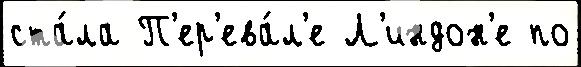
ста́ла П'ер'ева́л'е Л'индон'е по